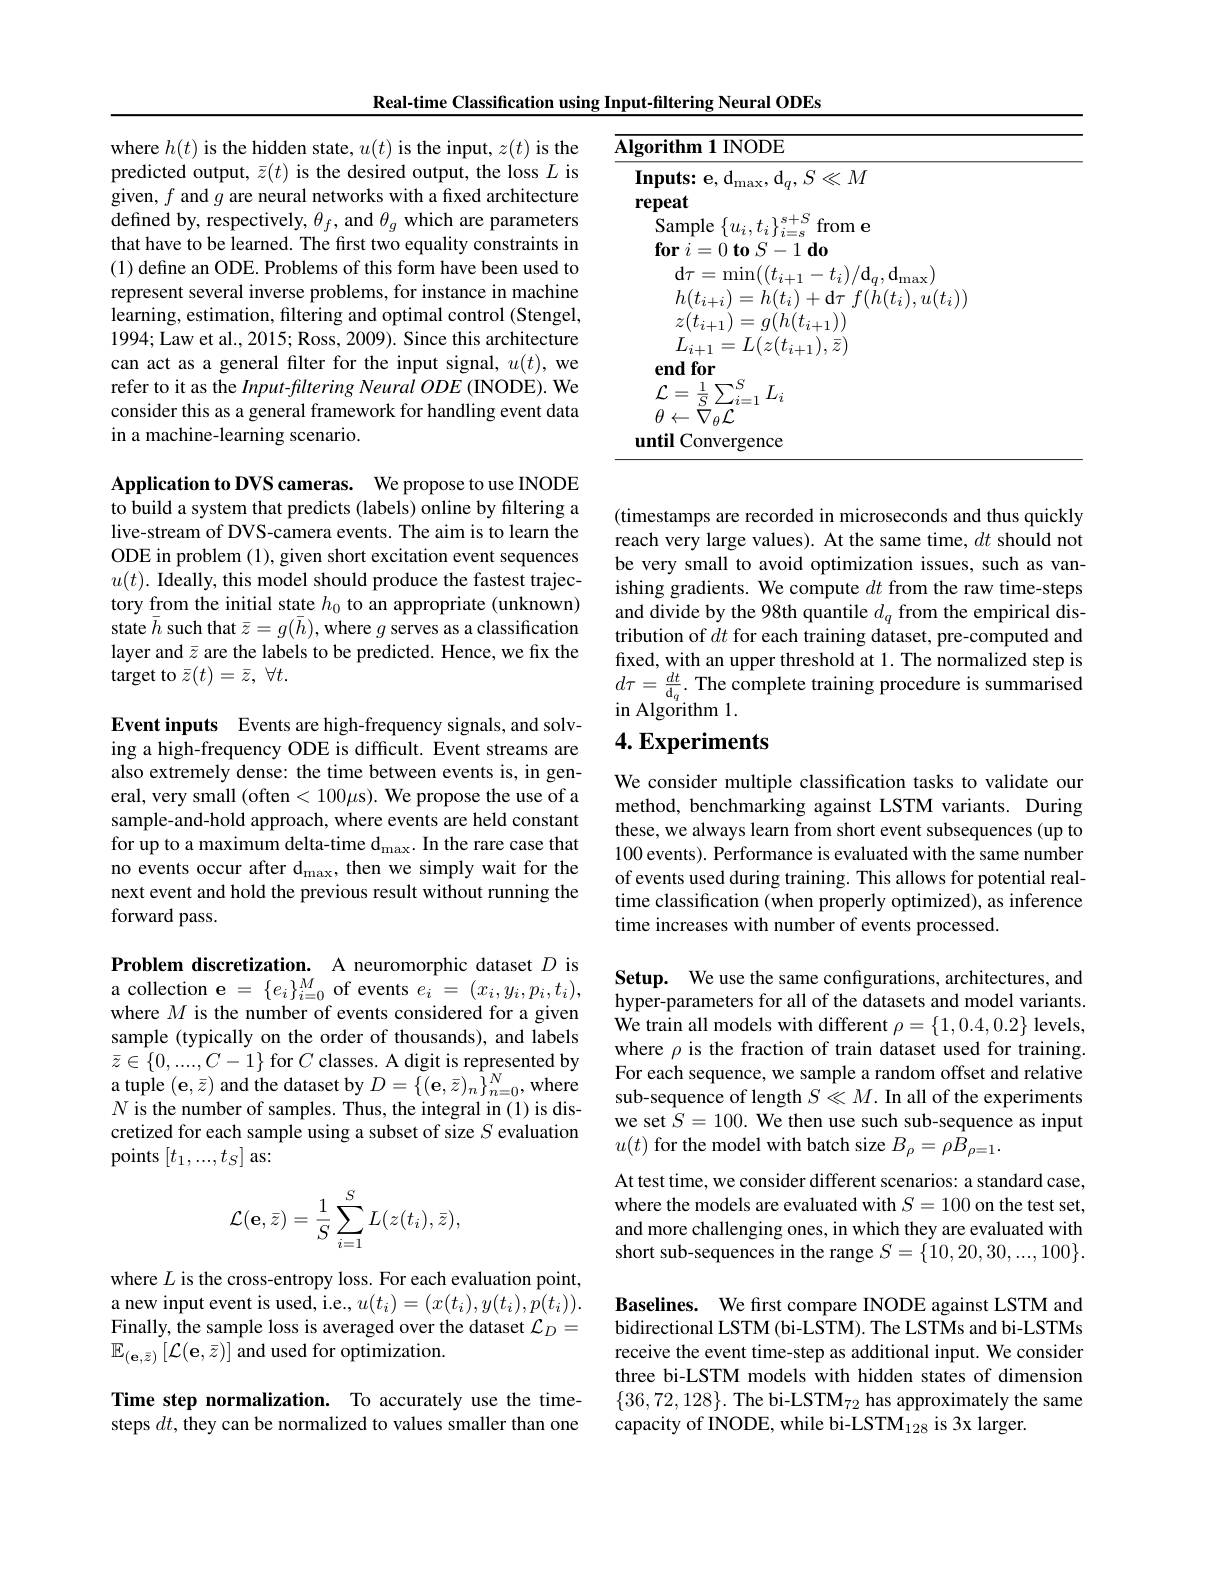
Real-time Classification using Input-filtering Neural ODEs

<table>
	<tbody>
		<tr>
			<td>$\overline{A}$</td>
			<td>1INODE</td>
		</tr>
	</tbody>
</table>

where $h(t)$ is the hidden state, $u(t)$ is the input, $z(t)$ is the predicted output, $\bar{z}(t)$ is the desired output, the loss $L$ is given, $f$ and $g$ are neural networks with a fixed architecture defined by, respectively, $\theta_f$, and $\theta_g$ which are parameters that have to be learned. The first two equality constraints in (1) define an ODE. Problems of this form have been used to represent several inverse problems, for instance in machine learning, estimation, filtering and optimal control (Stengel, 1994;Law et al., 2015; Ross, 2009). Since this architecture can act as a general filter for the input signal, $u(t)$, we refer to it as the Input-filtering Neural ODE (INODE). We consider this as a general framework for handling event data in a machine-learning scenario.

Application to DVS cameras. We propose to use INODE to build a system that predicts (labels) online by filtering a live-stream of DVS-camera events. The aim is to learn the ODE in problem (1), given short excitation event sequences $u(t).$ Ideally, this model should produce the fastest trajectory from the initial state $h_0$ to an appropriate (unknown) state $\bar{h}$ such that $\bar{z}=g(\bar{h})$, where $g$ serves as a classification layer and $\bar{z}$ are the labels to be predicted. Hence, we fix the target to $\bar{z}(t)=\bar{z},\forall t.$

Event inputs Events are high-frequency signals, and solving a high-frequency ODE is difficult. Event streams are also extremely dense: the time between events is, in general, very small (often<100μs). We propose the use of a sample-and-hold approach, where events are held constant for up to a maximum delta-time d$_\mathrm{max}.$ In the rare case that no events occur after d$_\mathrm{max}$, then we simply wait for the next event and hold the previous result without running the forward pass.

Problem discretization. A neuromorphic dataset $D$ is a collection e $=\{e_i\}_{i=0}^M$ of events $e_i=(x_i,y_i,p_i,t_i)$, where $M$ is the number of events considered for a given sample (typically on the order of thousands), and labels $\bar{z}\in\{0,...,C-1\}$ for $C$ classes. A digit is represented by a tuple $(\mathbf{e},\bar{z})$ and the dataset by $D=\{(\mathbf{e},\bar{z})_{n}\hat{\tilde{\tilde{z}}}\}_{n=0}^{N}$, where $N$ is the number of samples. Thus, the integral in (1) is discretized for each sample using a subset of size $S$ evaluation points $[t_1,...,t_S]$ as:
$$\mathcal{L}(\mathbf{e},\bar{z})=\frac{1}{S}\sum_{i=1}^{S}L(z(t_{i}),\bar{z}),$$
where $L$ is the cross-entropy loss. For each evaluation point, a new input event is used, i.e., $u(t_i)=(x(t_i),y(t_i),p(t_i)).$ Finally, the sample loss is averaged over the dataset $\mathcal{L}_D=$ $\mathbb{E}_{(\mathbf{e},\bar{z})}\left[\mathcal{L}(\mathbf{e},\bar{z})\right]$and used for optimization.

Time step normalization. To accurately use the timesteps $dt$, they can be normalized to values smaller than one

(timestamps are recorded in microseconds and thus quickly reach very large values). At the same time, $dt$ should not be very small to avoid optimization issues, such as vanishing gradients. We compute $dt$ from the raw time-steps and divide by the 98th quantile $d_q$ from the empirical distribution of $dt$ for each training dataset, pre-computed and fixed, with an upper threshold at 1. The normalized step is $d\tau=\frac{dt}{\mathrm{d}_q}.$ The complete training procedure is summarised in Algorithm l.

## $4. \textbf{Experiments}$

We consider multiple classification tasks to validate our method, benchmarking against LSTM variants. During these, we always learn from short event subsequences (up to 100 events). Performance is evaluated with the same number of events used during training. This allows for potential realtime classification (when properly optimized), as inference time increases with number of events processed.

Setup. We use the same configurations, architectures, and hyper-parameters for all of the datasets and model variants. We train all models with different $\rho=\{1,0.4,0.2\}$ levels where $\rho$ is the fraction of train dataset used for training. For each sequence, we sample a random offset and relative sub-sequence of length $S\ll M.$ In all of the experiments we set $\hat{S}=100.$ We then use such sub-sequence as input $u(t)$ for the model with batch size $B_\rho=\rho B_\rho=1.$
At test time, we consider different scenarios: a standard case, where the models are evaluated with $S=100$ on the test set, and more challenging ones, in which they are evaluated with short sub-sequences in the range $S=\{10,20,30,...,100\}.$ Baselines. We fırst compare INODE against LSTM and bidirectional LSTM (bi-LSTM). The LSTMs and bi-LSTMs receive the event time-step as additional input. We consider three bi-LSTM models with hidden states of dimension $\{36,72,128\}.$ The bi-LSTM$_72$ has approximately the same capacity of INODE, while bi-LSTM$_128$ is 3x larger.